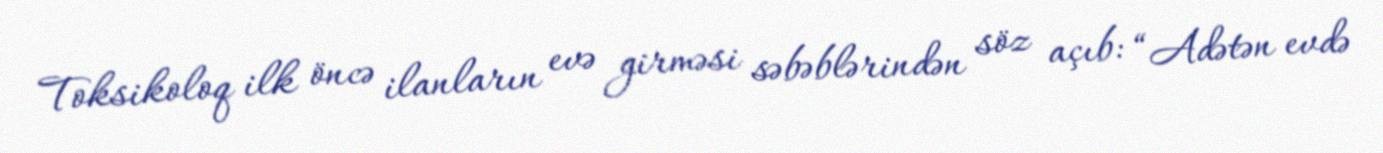
Toksikoloq ilk öncə ilanların evə girməsi səbəblərindən söz açıb: “Adətən evdə